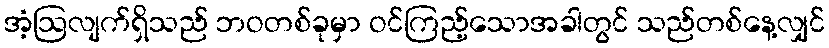
အံ့ဩလျက်ရှိသည် ဘဝတစ်ခုမှာ ဝင်ကြည့်သောအခါတွင် သည်တစ်နေ့လျှင်